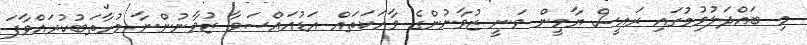
މި ބައްދަލުވުމުގައި ރައީސް ޔާމީން ވަނީ ޒުވާނުންގެ ވާހަކަތައް އަޑުއައްސަވާ ޒުވާނުންނާ މުހާތަބުކުރައްވާފަ